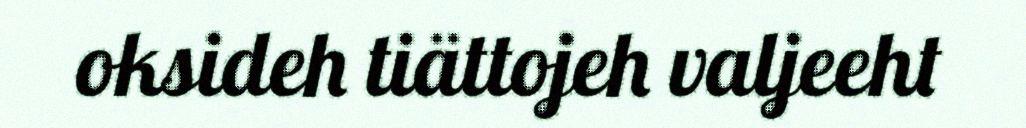
oksideh tiättojeh valjeeht